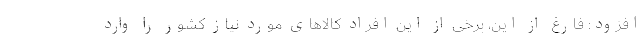
افزود: فارغ از این، برخی از این افراد کالاهای مورد نیاز کشور را وارد